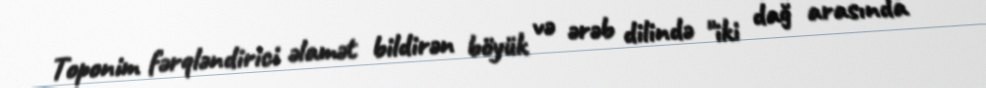
Toponim fərqləndirici əlamət bildirən böyük və ərəb dilində "iki dağ arasında